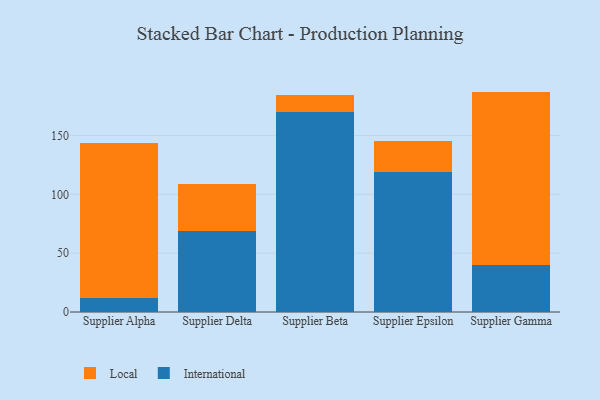
{"axis": {"x": "Supplier", "y": "Conversion Rate (%)"}, "legend": ["International", "Local"], "data": [{"x": "Supplier Alpha", "y": 11.6, "type": "International"}, {"x": "Supplier Alpha", "y": 131.8, "type": "Local"}, {"x": "Supplier Delta", "y": 69.1, "type": "International"}, {"x": "Supplier Delta", "y": 39.3, "type": "Local"}, {"x": "Supplier Beta", "y": 170.0, "type": "International"}, {"x": "Supplier Beta", "y": 14.2, "type": "Local"}, {"x": "Supplier Epsilon", "y": 118.8, "type": "International"}, {"x": "Supplier Epsilon", "y": 26.3, "type": "Local"}, {"x": "Supplier Gamma", "y": 39.7, "type": "International"}, {"x": "Supplier Gamma", "y": 147.6, "type": "Local"}]}